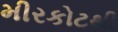
મીરકોટથી